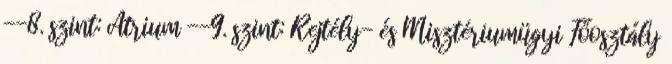
--8. szint: Átrium --9. szint: Rejtély- és Misztériumügyi Főosztály